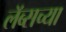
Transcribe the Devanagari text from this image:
लॅब्सच्या